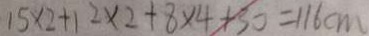
1 5 \times 2 + 1 2 \times 2 + 8 \times 4 + 3 0 = 1 1 6 c m